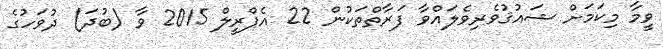
ވީމާ މިކަމަށް ޝައުޤުވެރިވެލައްވާ ފަރާތްތަކުން 22 އެޕްރީލް 2015 ވާ (ބުދަ) ދުވަހުގެ